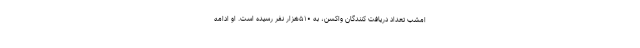
امشب تعداد دریافت کنندگان واکسن، به ۵۱۰هزار نفر رسیده است. او ادامه